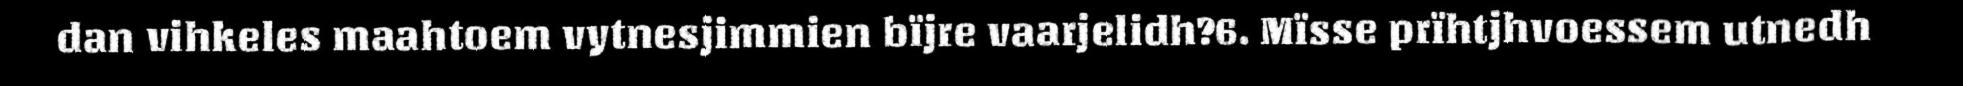
dan vihkeles maahtoem vytnesjimmien bïjre vaarjelidh?6. Mïsse prïhtjhvoessem utnedh